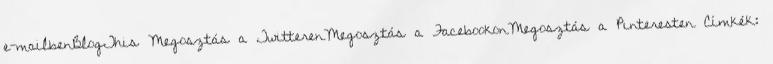
e-mailbenBlogThis Megosztás a TwitterenMegosztás a FacebookonMegosztás a Pinteresten Címkék: